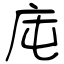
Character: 庉